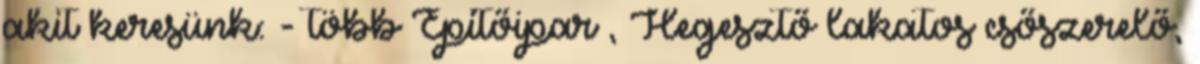
akit keresünk: - több Építőipar , Hegesztő lakatos csőszerelő,